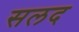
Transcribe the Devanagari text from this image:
सलद